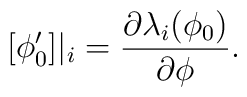
[\phi_0'] |_i= \frac{\partial \lambda_i(\phi_0)}{\partial \phi} .